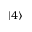
| 4 \rangle